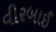
વીરબાઈ